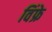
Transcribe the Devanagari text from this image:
विंफ्रे